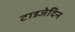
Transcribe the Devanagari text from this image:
टाडजेदिन